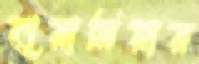
হারামিয়ার